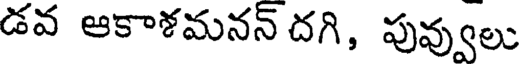
డవ ఆకాశమనన్ దగి, పువ్వులు